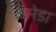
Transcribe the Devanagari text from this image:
बनेडा